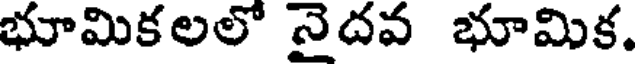
భూమికలలో నైదవ భూమిక.